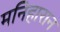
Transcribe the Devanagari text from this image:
मनिहारान